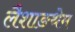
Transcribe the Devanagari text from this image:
लैशाङथेम